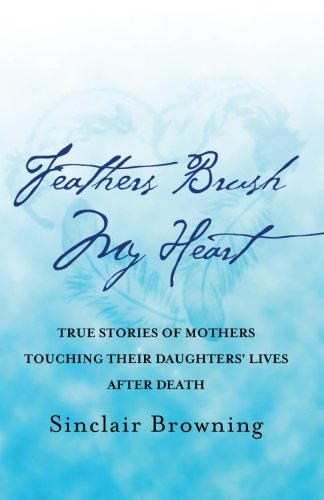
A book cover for Feathers Brush My Heart: True Stories of Mothers Touching Their Daughters' Lives After Death; Sinclair Browning; Religion & Spirituality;